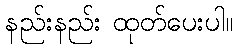
နည်းနည်း ထုတ်ပေးပါ။